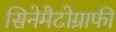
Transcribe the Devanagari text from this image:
सिनेमैटोग्राफी